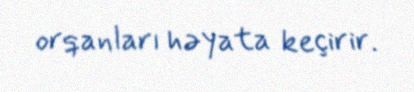
orqanları həyata keçirir.